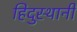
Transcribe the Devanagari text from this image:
हिदुस्थानी